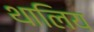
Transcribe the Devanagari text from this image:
थालिय